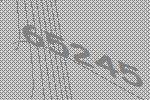
65245